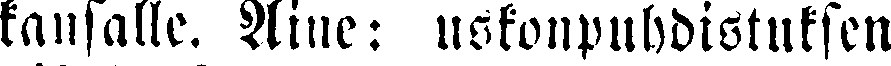
kansalle. Aine: uskonpuhdistuksen